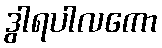
ဒွါရပါလကော